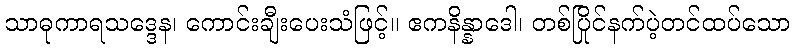
သာဓုကာရသဒ္ဒေန၊ ကောင်းချီးပေးသံဖြင့်။ ဧကနိန္နာဒေါ၊ တစ်ပြိုင်နက်ပဲ့တင်ထပ်သော